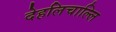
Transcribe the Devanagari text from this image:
देहलिचाल्लि